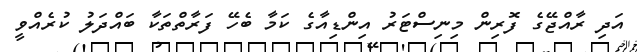
އަދި ރާއްޖޭގެ ފޮރިން މިނިސްޓަރު އިންޑިއާގެ ކަމާ ބެހޭ ފަރާތްތަކާ ބައްދަލު ކުރެއްވީ